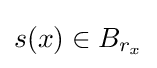
s(x)\in B_{r_{x}}